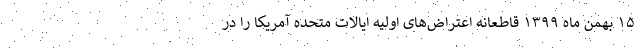
۱۵ بهمن ماه ۱۳۹۹ قاطعانه اعتراض‌های اولیه ایالات متحده آمریکا را در